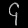
Digit: ၄